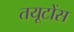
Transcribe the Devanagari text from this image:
तयूटोंस